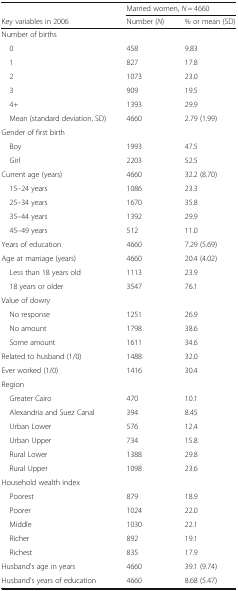
|  | <COLSPAN=2> Married women, N = 4660 |
 | Key variables in 2006 | Number (N) | % or mean (SD) |
 | --- | --- | --- |
 | <COLSPAN=3> Number of births |
 | 0 | 458 | 9.83 |
 | 1 | 827 | 17.8 |
 | 2 | 1073 | 23.0 |
 | 3 | 909 | 19.5 |
 | 4+ | 1393 | 29.9 |
 | Mean (standard deviation, SD) | 4660 | 2.79 (1.99) |
 | <COLSPAN=3> Gender of first birth |
 | Boy | 1993 | 47.5 |
 | Girl | 2203 | 52.5 |
 | Current age (years) | 4660 | 32.2 (8.70) |
 | 15–24 years | 1086 | 23.3 |
 | 25–34 years | 1670 | 35.8 |
 | 35–44 years | 1392 | 29.9 |
 | 45–49 years | 512 | 11.0 |
 | Years of education | 4660 | 7.29 (5.69) |
 | Age at marriage (years) | 4660 | 20.4 (4.02) |
 | Less than 18 years old | 1113 | 23.9 |
 | 18 years or older | 3547 | 76.1 |
 | <COLSPAN=3> Value of dowry |
 | No response | 1251 | 26.9 |
 | No amount | 1798 | 38.6 |
 | Some amount | 1611 | 34.6 |
 | Related to husband (1/0) | 1488 | 32.0 |
 | Ever worked (1/0) | 1416 | 30.4 |
 | <COLSPAN=3> Region |
 | Greater Cairo | 470 | 10.1 |
 | Alexandria and Suez Canal | 394 | 8.45 |
 | Urban Lower | 576 | 12.4 |
 | Urban Upper | 734 | 15.8 |
 | Rural Lower | 1388 | 29.8 |
 | Rural Upper | 1098 | 23.6 |
 | <COLSPAN=3> Household wealth index |
 | Poorest | 879 | 18.9 |
 | Poorer | 1024 | 22.0 |
 | Middle | 1030 | 22.1 |
 | Richer | 892 | 19.1 |
 | Richest | 835 | 17.9 |
 | Husband’s age in years | 4660 | 39.1 (9.74) |
 | Husband’s years of education | 4660 | 8.68 (5.47) |